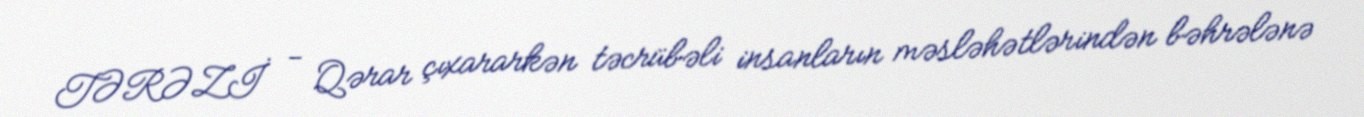
TƏRƏZİ - Qərar çıxararkən təcrübəli insanların məsləhətlərindən bəhrələnə